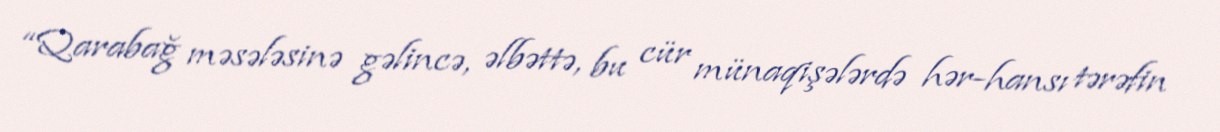
“Qarabağ məsələsinə gəlincə, əlbəttə, bu cür münaqişələrdə hər-hansı tərəfin